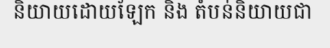
និយាយដោយឡែក និង តំបន់និយាយជា